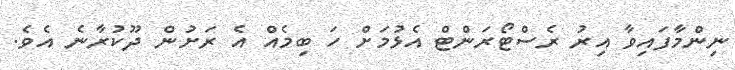
ނިންމާފައިވާ އިރު ރެސްޓޯރަންޓް އެޅުމަށް ހަ ބިމެއް އެ ރަށުން ދޫކުރާނެ އެވެ.